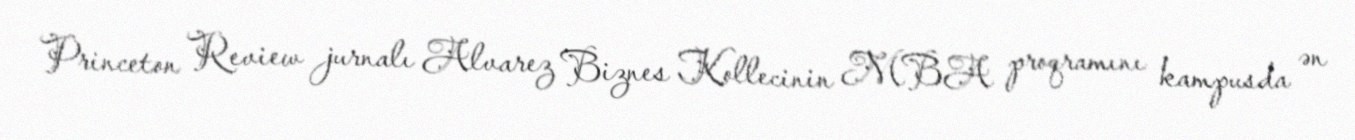
Princeton Review jurnalı Alvarez Biznes Kollecinin MBA proqramını kampusda ən